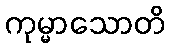
ကုမ္မာသောတိ